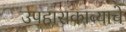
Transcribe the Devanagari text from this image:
उपहासकाव्याचे